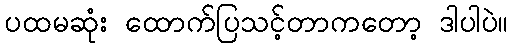
ပထမဆုံး ထောက်ပြသင့်တာကတော့ ဒါပါပဲ။